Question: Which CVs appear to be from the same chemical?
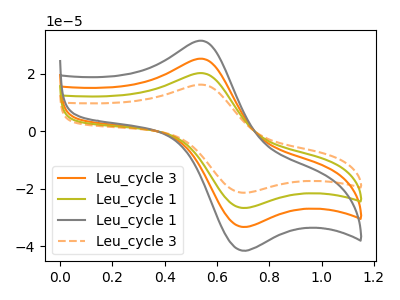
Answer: <think>The orange curve "Leu_cycle 3" has an anodic peak at (0.55V, 40.45uA) and a cathodic peak at (0.70V, -52.95uA). The olive curve "Leu_cycle 1" has an anodic peak at (0.55V, 20.20uA) and a cathodic peak at (0.70V, -26.50uA). The gray curve "Leu_cycle 1" has an anodic peak at (0.55V, 60.65uA) and a cathodic peak at (0.70V, -79.45uA). The orange dashed curve "Leu_cycle 3" has an anodic peak at (0.55V, 16.20uA) and a cathodic peak at (0.70V, -21.20uA).
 All the peaks in "Leu_cycle 3" have a peak in "Leu_cycle 1" at the same potential. Every peak in "Leu_cycle 3" is higher than every peak in "Leu_cycle 1". All the peaks in "Leu_cycle 3" have a peak in "Leu_cycle 1" at the same potential. Every peak in "Leu_cycle 3" is lower than every peak in "Leu_cycle 1". All the peaks in "Leu_cycle 3" have a peak in "Leu_cycle 3" at the same potential. Every peak in "Leu_cycle 3" is higher than every peak in "Leu_cycle 3". All the peaks in "Leu_cycle 1" have a peak in "Leu_cycle 1" at the same potential. Every peak in "Leu_cycle 1" is lower than every peak in "Leu_cycle 1". All the peaks in "Leu_cycle 1" have a peak in "Leu_cycle 3" at the same potential. Every peak in "Leu_cycle 1" is higher than every peak in "Leu_cycle 3". All the peaks in "Leu_cycle 1" have a peak in "Leu_cycle 3" at the same potential. Every peak in "Leu_cycle 1" is higher than every peak in "Leu_cycle 3".</think>
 <answer>"Leu_cycle 3", "Leu_cycle 3", "Leu_cycle 1" and "Leu_cycle 1" have the same shape and are likely CV's of the same chemical.</answer>
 <eval>"Leu_cycle 3" "Leu_cycle 3" "Leu_cycle 1" "Leu_cycle 1"</eval>